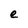
Character: e